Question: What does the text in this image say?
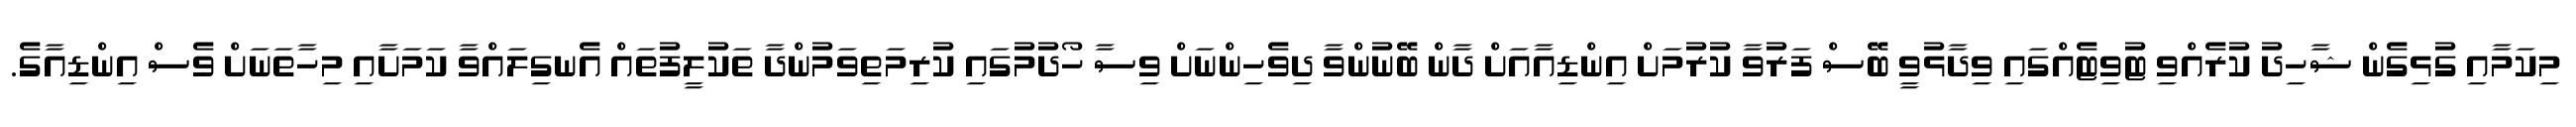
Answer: މިކަމާއި ގުޅިގެން ޝާހިދު ކުރެއްވި ޓުވިޓެއްގައި ވިދާޅުވީ ބޭސް ފަރުވާ ކުރުމަށް އިންޑިއާއަށް ދާން ބޭނުންވާ ދިވެހިންނަށް ވިސާ ހޯދުމުގައި ކުރިމަތިވަމުންދާ ތަކުލީފުތައް އެނގިލައްވާ ކަމަށާއި މިހާތަނަށް ވެސް އިންޑިއާގެ.